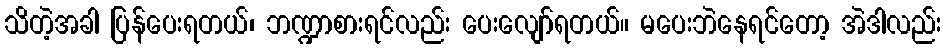
သိတဲ့အခါ ပြန်ပေးရတယ်၊ ဘဏ္ဍာစားရင်လည်း ပေးလျော်ရတယ်။ မပေးဘဲနေရင်တော့ အဲဒါလည်း